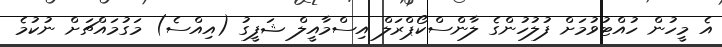
އެ މީހުން ހުއްޓުވުމަށް ފުލުހުންގެ ލާންސްކޯޕްރަލް އިސްމާއީލް ޝަފީގު (އިއްސެ) މަގުމައްޗަށް ނުކުމެ